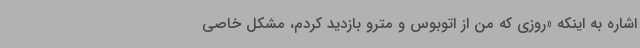
اشاره به اینکه «روزی که من از اتوبوس و مترو بازدید کردم، مشکل خاصی